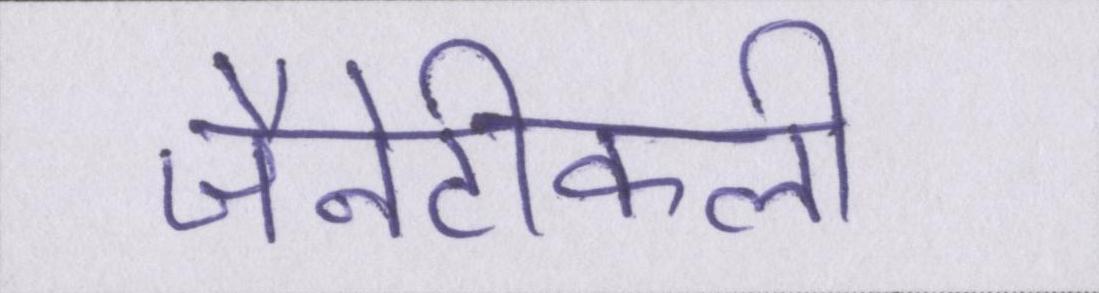
जैनेटीकली